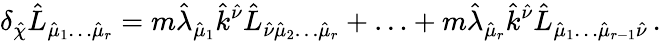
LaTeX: \delta_{\hat{\chi}}\hat{L}_{\hat{\mu}_{1}\ldots\hat{\mu}_{r}}=m\hat{\lambda}_{\hat{\mu}_{1}}\hat{k}^{\hat{\nu}}\hat{L}_{\hat{\nu}\hat{\mu}_{2}\ldots\hat{\mu}_{r}}+\ldots+m\hat{\lambda}_{\hat{\mu}_{r}}\hat{k}^{\hat{\nu}}\hat{L}_{\hat{\mu}_{1}\ldots\hat{\mu}_{r-1}\hat{\nu}}\, .